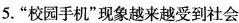
5.”校园手机”现象越来越受到社会